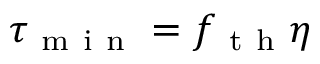
\tau _ { \mathrm { ~ m ~ i ~ n ~ } } = f _ { \mathrm { ~ t ~ h ~ } } \eta